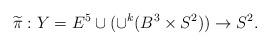
LaTeX: \begin{align*}\widetilde{\pi} : Y = E^5 \cup (\cup^k (B^3 \times S^2)) \rightarrow S^2.\end{align*}